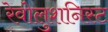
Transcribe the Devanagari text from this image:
रेवोलुशनिस्ट